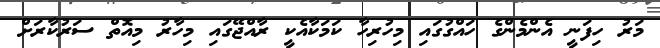
މަރު ހިފަނީ އެންމެންގެ ހައްގުގައި މިހުރިހާ ކަމަކާއެކީ ރާއްޖޭގައި މިހާރު މިއޮތް ސަރުކާރަށް